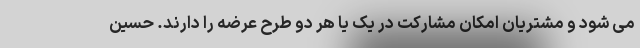
می شود و مشتریان امکان مشارکت در یک یا هر دو طرح عرضه را دارند. حسین